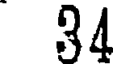
34